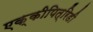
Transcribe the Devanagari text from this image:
एक्कीपित्रिडी